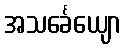
အသင်္ခေယျော